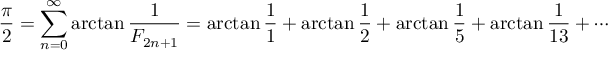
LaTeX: { \frac { \pi } { 2 } } = \sum _ { n = 0 } ^ { \infty } \arctan { \frac { 1 } { F _ { 2 n + 1 } } } = \arctan { \frac { 1 } { 1 } } + \arctan { \frac { 1 } { 2 } } + \arctan { \frac { 1 } { 5 } } + \arctan { \frac { 1 } { 1 3 } } + \cdots